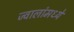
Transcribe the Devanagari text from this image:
ज्वालांमध्ये